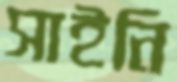
সাইনি